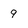
Character: 9